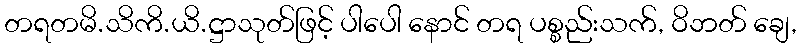
တရတမိ.သိကိ.ယိ.ဋ္ဌာသုတ်ဖြင့် ပါပေါ နောင် တရ ပစ္စည်းသက်, ဝိဘတ် ချေ,